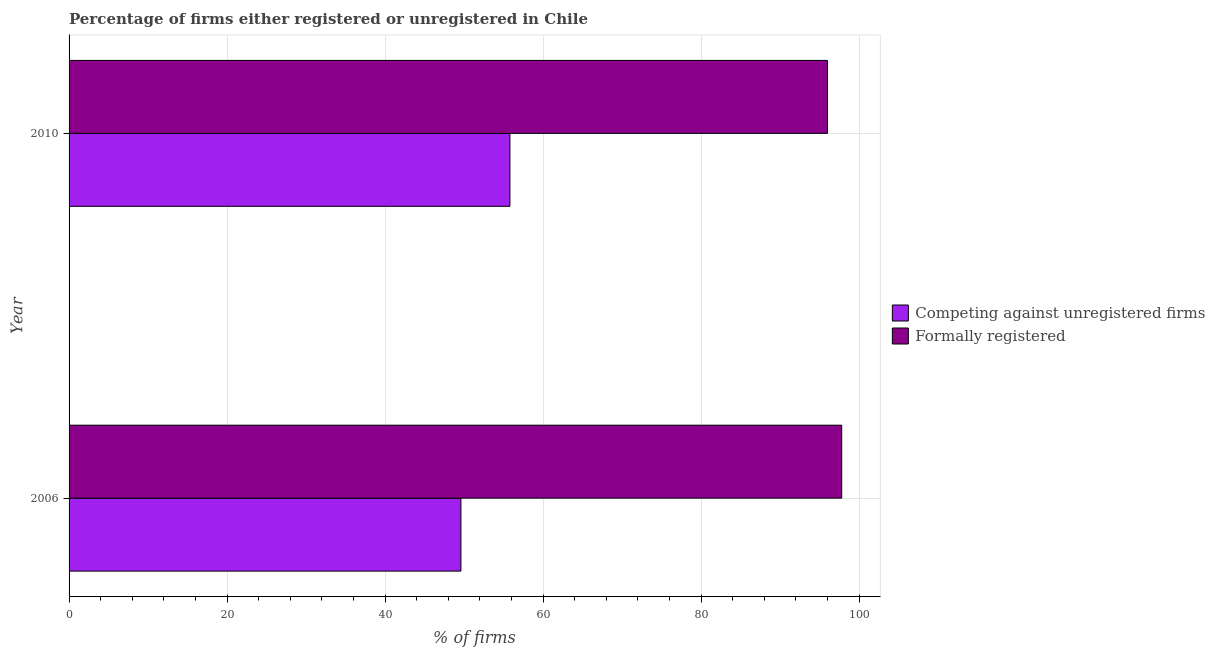
| Year | Competing against unregistered firms | Formally registered |
 | --- | --- | --- |
 | 2006 | 49.6 | 97.8 |
 | 2010 | 55.8 | 96 |